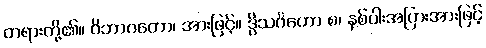
တရားတို့၏။ ဝိဘာဂတော၊ အားဖြင့်။ ဒွိသင်္ဂဟော စ၊ နှစ်ပါးအပြားအားဖြင့်